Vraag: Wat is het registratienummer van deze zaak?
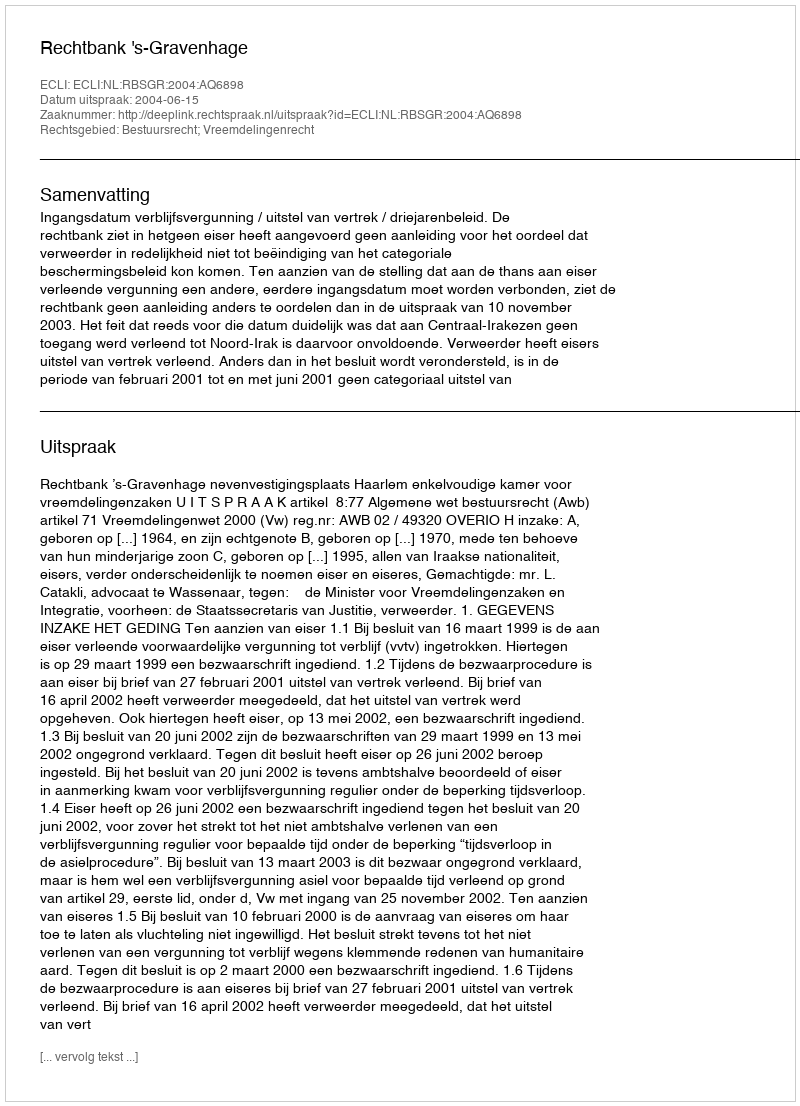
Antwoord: http://deeplink.rechtspraak.nl/uitspraak?id=ECLI:NL:RBSGR:2004:AQ6898